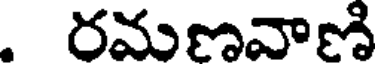
. రమణవాణి